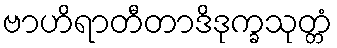
ဗာဟိရာတီတာဒိဒုက္ခသုတ္တံ